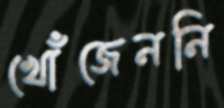
খোঁজেননি